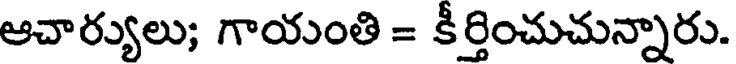
ఆచార్యులు; గాయంతి = కీర్తించుచున్నారు.